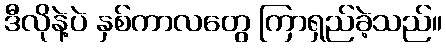
ဒီလိုနဲ့ပဲ နှစ်ကာလတွေ ကြာရှည်ခဲ့သည်။